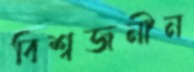
বিশ্বজনীন